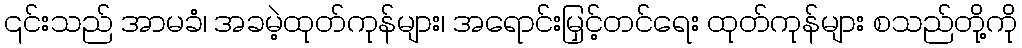
၎င်းသည် အာမခံ၊ အခမဲ့ထုတ်ကုန်များ၊ အရောင်းမြှင့်တင်ရေး ထုတ်ကုန်များ စသည်တို့ကို